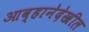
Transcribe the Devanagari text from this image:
आव्हानेदेखील